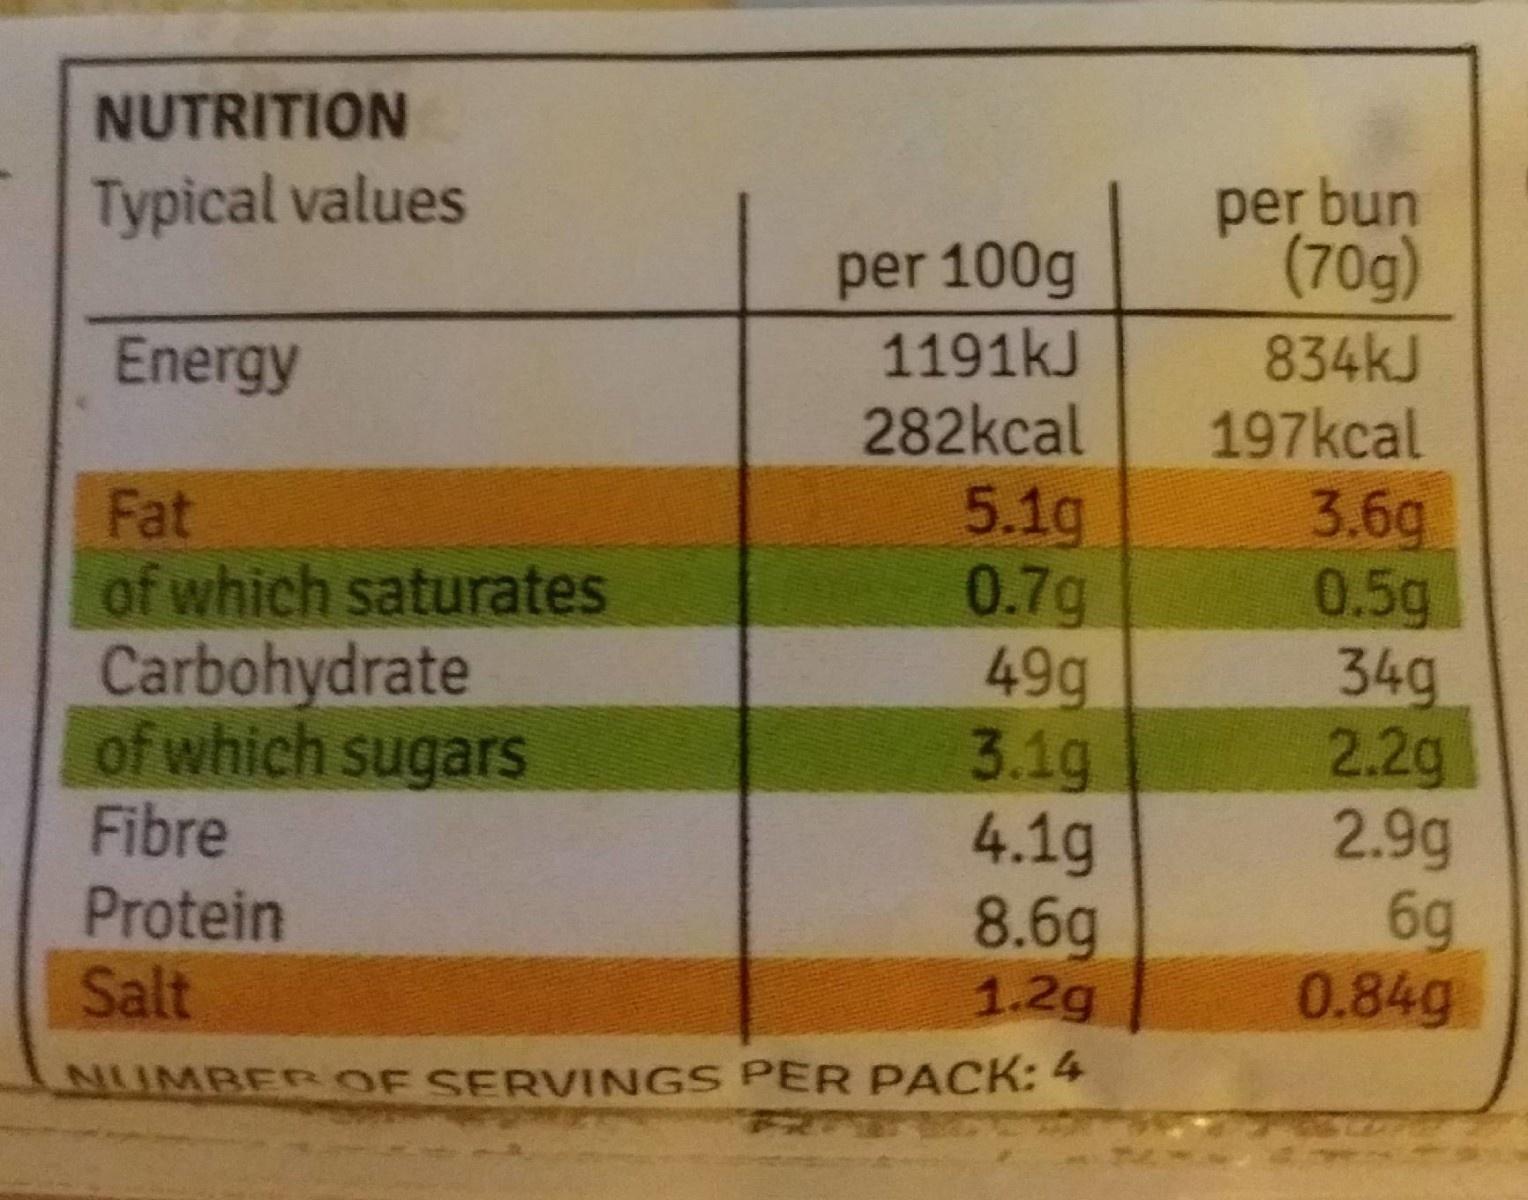
NUTRITION
per bun (70g)
Typical values
per 100g 1191kJ
834kJ 197kcal
Energy
282kcal
Fat of which saturates
5.1g 0.7g 49g 3.1g 4.1g 8.6g 1.2g
3.6g 0.5g 34g 2.2g 2.9g 6g 0.84g
Carbohydrate of which sugarS Fibre
Protein Salt
NUMBERROF SERVINGS PER PACK: 4